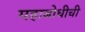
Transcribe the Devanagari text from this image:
महाबोधीची